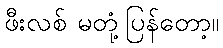
ဖီးလစ် မတုံ့ပြန်တော့။